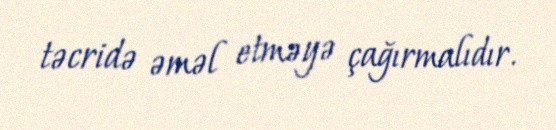
təcridə əməl etməyə çağırmalıdır.